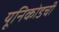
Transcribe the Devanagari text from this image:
यूनिकोडची